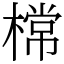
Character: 𣙟